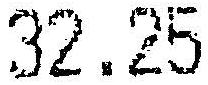
32.25